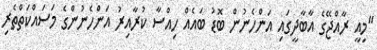
"މިއީ ރާއްޖޭގެ އާބާދީގައި އަންހެނުން ބޮޑު ބައެއް ހިއްސާ ކުރާއިރު އަންހެނުންގެ މަސައްކަތްތެރި